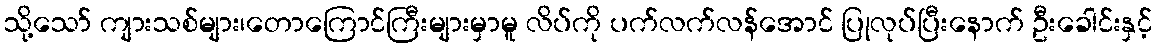
သို့သော် ကျားသစ်များ၊တောကြောင်ကြီးများမှာမူ လိပ်ကို ပက်လက်လန်အောင် ပြုလုပ်ပြီးနောက် ဦးခေါင်းနှင့်